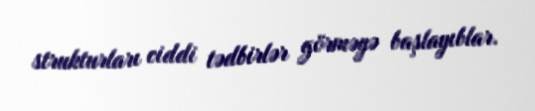
strukturları ciddi tədbirlər görməyə başlayıblar.